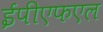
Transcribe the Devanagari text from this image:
ईपीएफएल